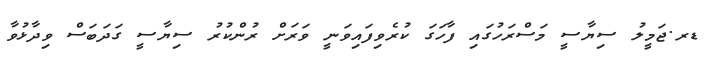
ޑރ.ޖަމީލު ސިޔާސީ މަސްރަހުގައި ފާހަގަ ކުރެވިފައިވަނީ ވަރަށް ރުންކުރު ސިޔާސީ ގަދަބަސް ވިދާޅުވާ